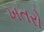
ખતરો